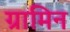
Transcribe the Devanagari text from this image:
ग्रामिन